Report on sanitation, dispensaries, and jails in Rajputana for 1918, and on vaccination for the year 1918-1919 - 1918-1919
Year: 1918
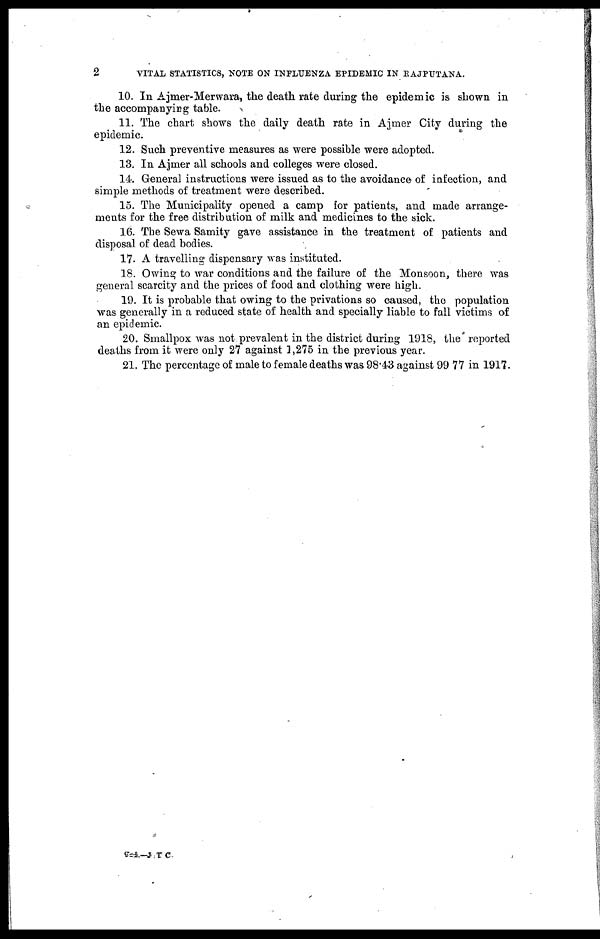
2
VITAL STATISTICS, NOTE ON INFLUENZA EPIDEMIC IN RAJPUTANA.
10. In Ajmer-Merwara, the death rate during the epidemic is shown in
the accompanying table.
11. The chart shows the daily death rate in Ajmer City during the
epidemic.
12. Such preventive measures as were possible were adopted.
13. In Ajmer all schools and colleges were closed.
14. General instructions were issued as to the avoidance of infection, and
simple methods of treatment were described.
15. The Municipality opened a camp for patients, and made arrange-
ments for the free distribution of milk and medicines to the sick.
16. The Sewa Samity gave assistance in the treatment of patients and
disposal of dead bodies.
17. A travelling dispensary was instituted.
18. Owing to war conditions and the failure of the Monsoon, there was
general scarcity and the prices of food and clothing were high.
19. It is probable that owing to the privations so caused, the population
was generally in a reduced state of health and specially liable to fall victims of
an epidemic.
20. Smallpox was not prevalent in the district during 1918, the reported
deaths from it were only 27 against 1,275 in the previous year.
21. The percentage of male to female deaths was 98.43 against 99.77 in 1917.
F=ed.—J T C